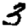
Digit: 3